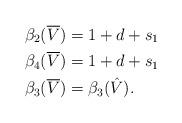
LaTeX: \begin{align*} \beta_2( \overline V ) &= 1 + d + s_1 \\ \beta_4( \overline V ) &= 1 + d + s_1 \\ \beta_3( \overline V ) &= \beta_3( \hat V ).\end{align*}